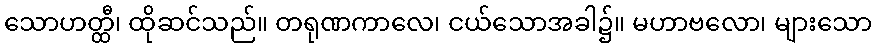
သောဟတ္ထီ၊ ထိုဆင်သည်။ တရုဏကာလေ၊ ငယ်သောအခါ၌။ မဟာဗလော၊ များသော